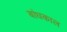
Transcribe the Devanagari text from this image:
बांधकाल